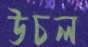
উচল